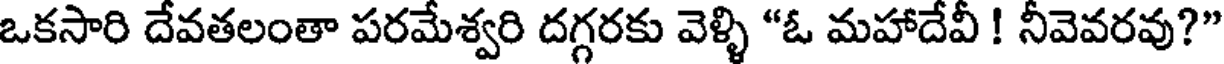
ఒకసారి దేవతలంతా పరమేశ్వరి దగ్గరకు వెళ్ళి "ఓ మహాదేవీ ! నీవెవరవు?"